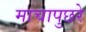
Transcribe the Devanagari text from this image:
माचापुछरे